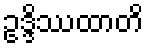
ဥဒ္ဒိဿထာတိ